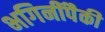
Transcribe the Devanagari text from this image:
भगिनींपैकी